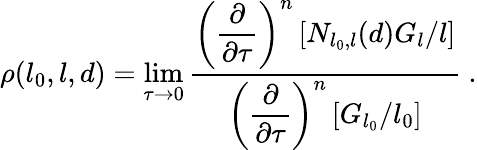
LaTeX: \rho(l_{0},l,d)=\operatorname*{lim}_{\tau\to 0}{\frac{\displaystyle{\left({\frac{\partial}{\partial\tau}}\right)^{n}\left[N_{l_{0},l}(d)G_{l}/l\right]}}{\displaystyle{\left({\frac{\partial}{\partial\tau}}\right)^{n}\left[G_{l_{0}}/l_{0}\right]}}}\ .